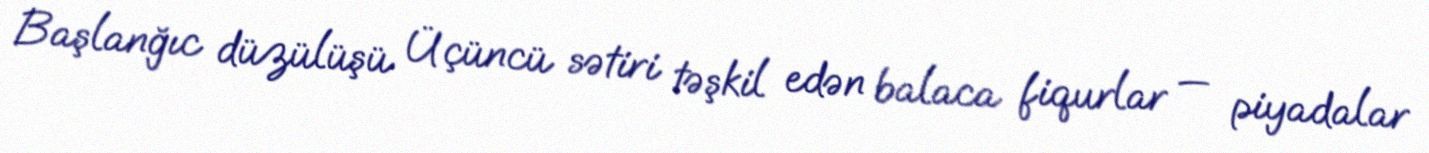
Başlanğıc düzülüşü Üçüncü sətiri təşkil edən balaca fiqurlar — piyadalar